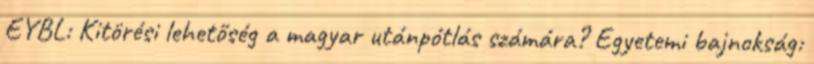
EYBL: Kitörési lehetőség a magyar utánpótlás számára? Egyetemi bajnokság: